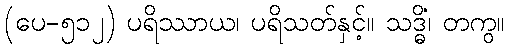
(ပေ-၅၁၂) ပရိဿာယ၊ ပရိသတ်နှင့်။ သဒ္ဓိံ၊ တကွ။